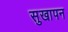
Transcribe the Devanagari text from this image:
सुखापन